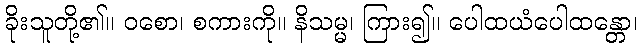
ခိုးသူတို့၏။ ဝစော၊ စကားကို။ နိသမ္မ၊ ကြား၍။ ပေါထယံပေါထန္တော၊